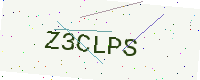
Text: Z3CLPS